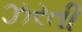
ઝરતી